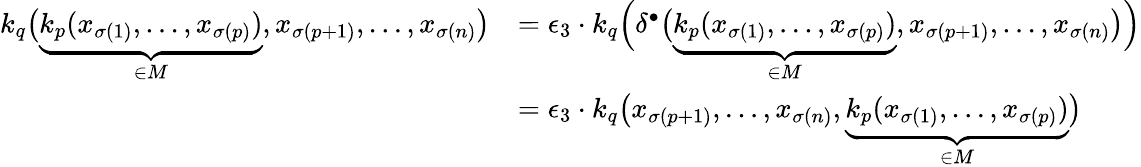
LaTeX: \begin{array}{rl}{k_{q}\big(\underbrace{k_{p}(x_{\sigma(1)},\ldots,x_{\sigma(p)})}_{\in M},x_{\sigma(p+1)},\ldots,x_{\sigma(n)}\big)}&{=\epsilon_{3}\cdot k_{q}\Big(\delta^{\bullet}\big(\underbrace{k_{p}(x_{\sigma(1)},\ldots,x_{\sigma(p)})}_{\in M},x_{\sigma(p+1)},\ldots,x_{\sigma(n)}\big)\Big)}\\ &{=\epsilon_{3}\cdot k_{q}\big(x_{\sigma(p+1)},\ldots,x_{\sigma(n)},\underbrace{k_{p}(x_{\sigma(1)},\ldots,x_{\sigma(p)})}_{\in M}\big)}\end{array}